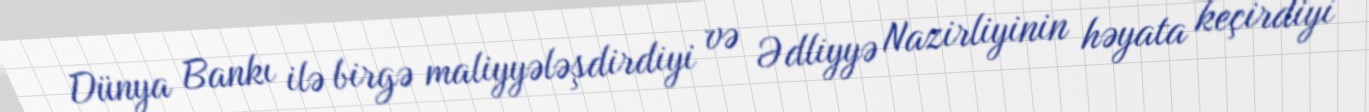
Dünya Bankı ilə birgə maliyyələşdirdiyi və Ədliyyə Nazirliyinin həyata keçirdiyi